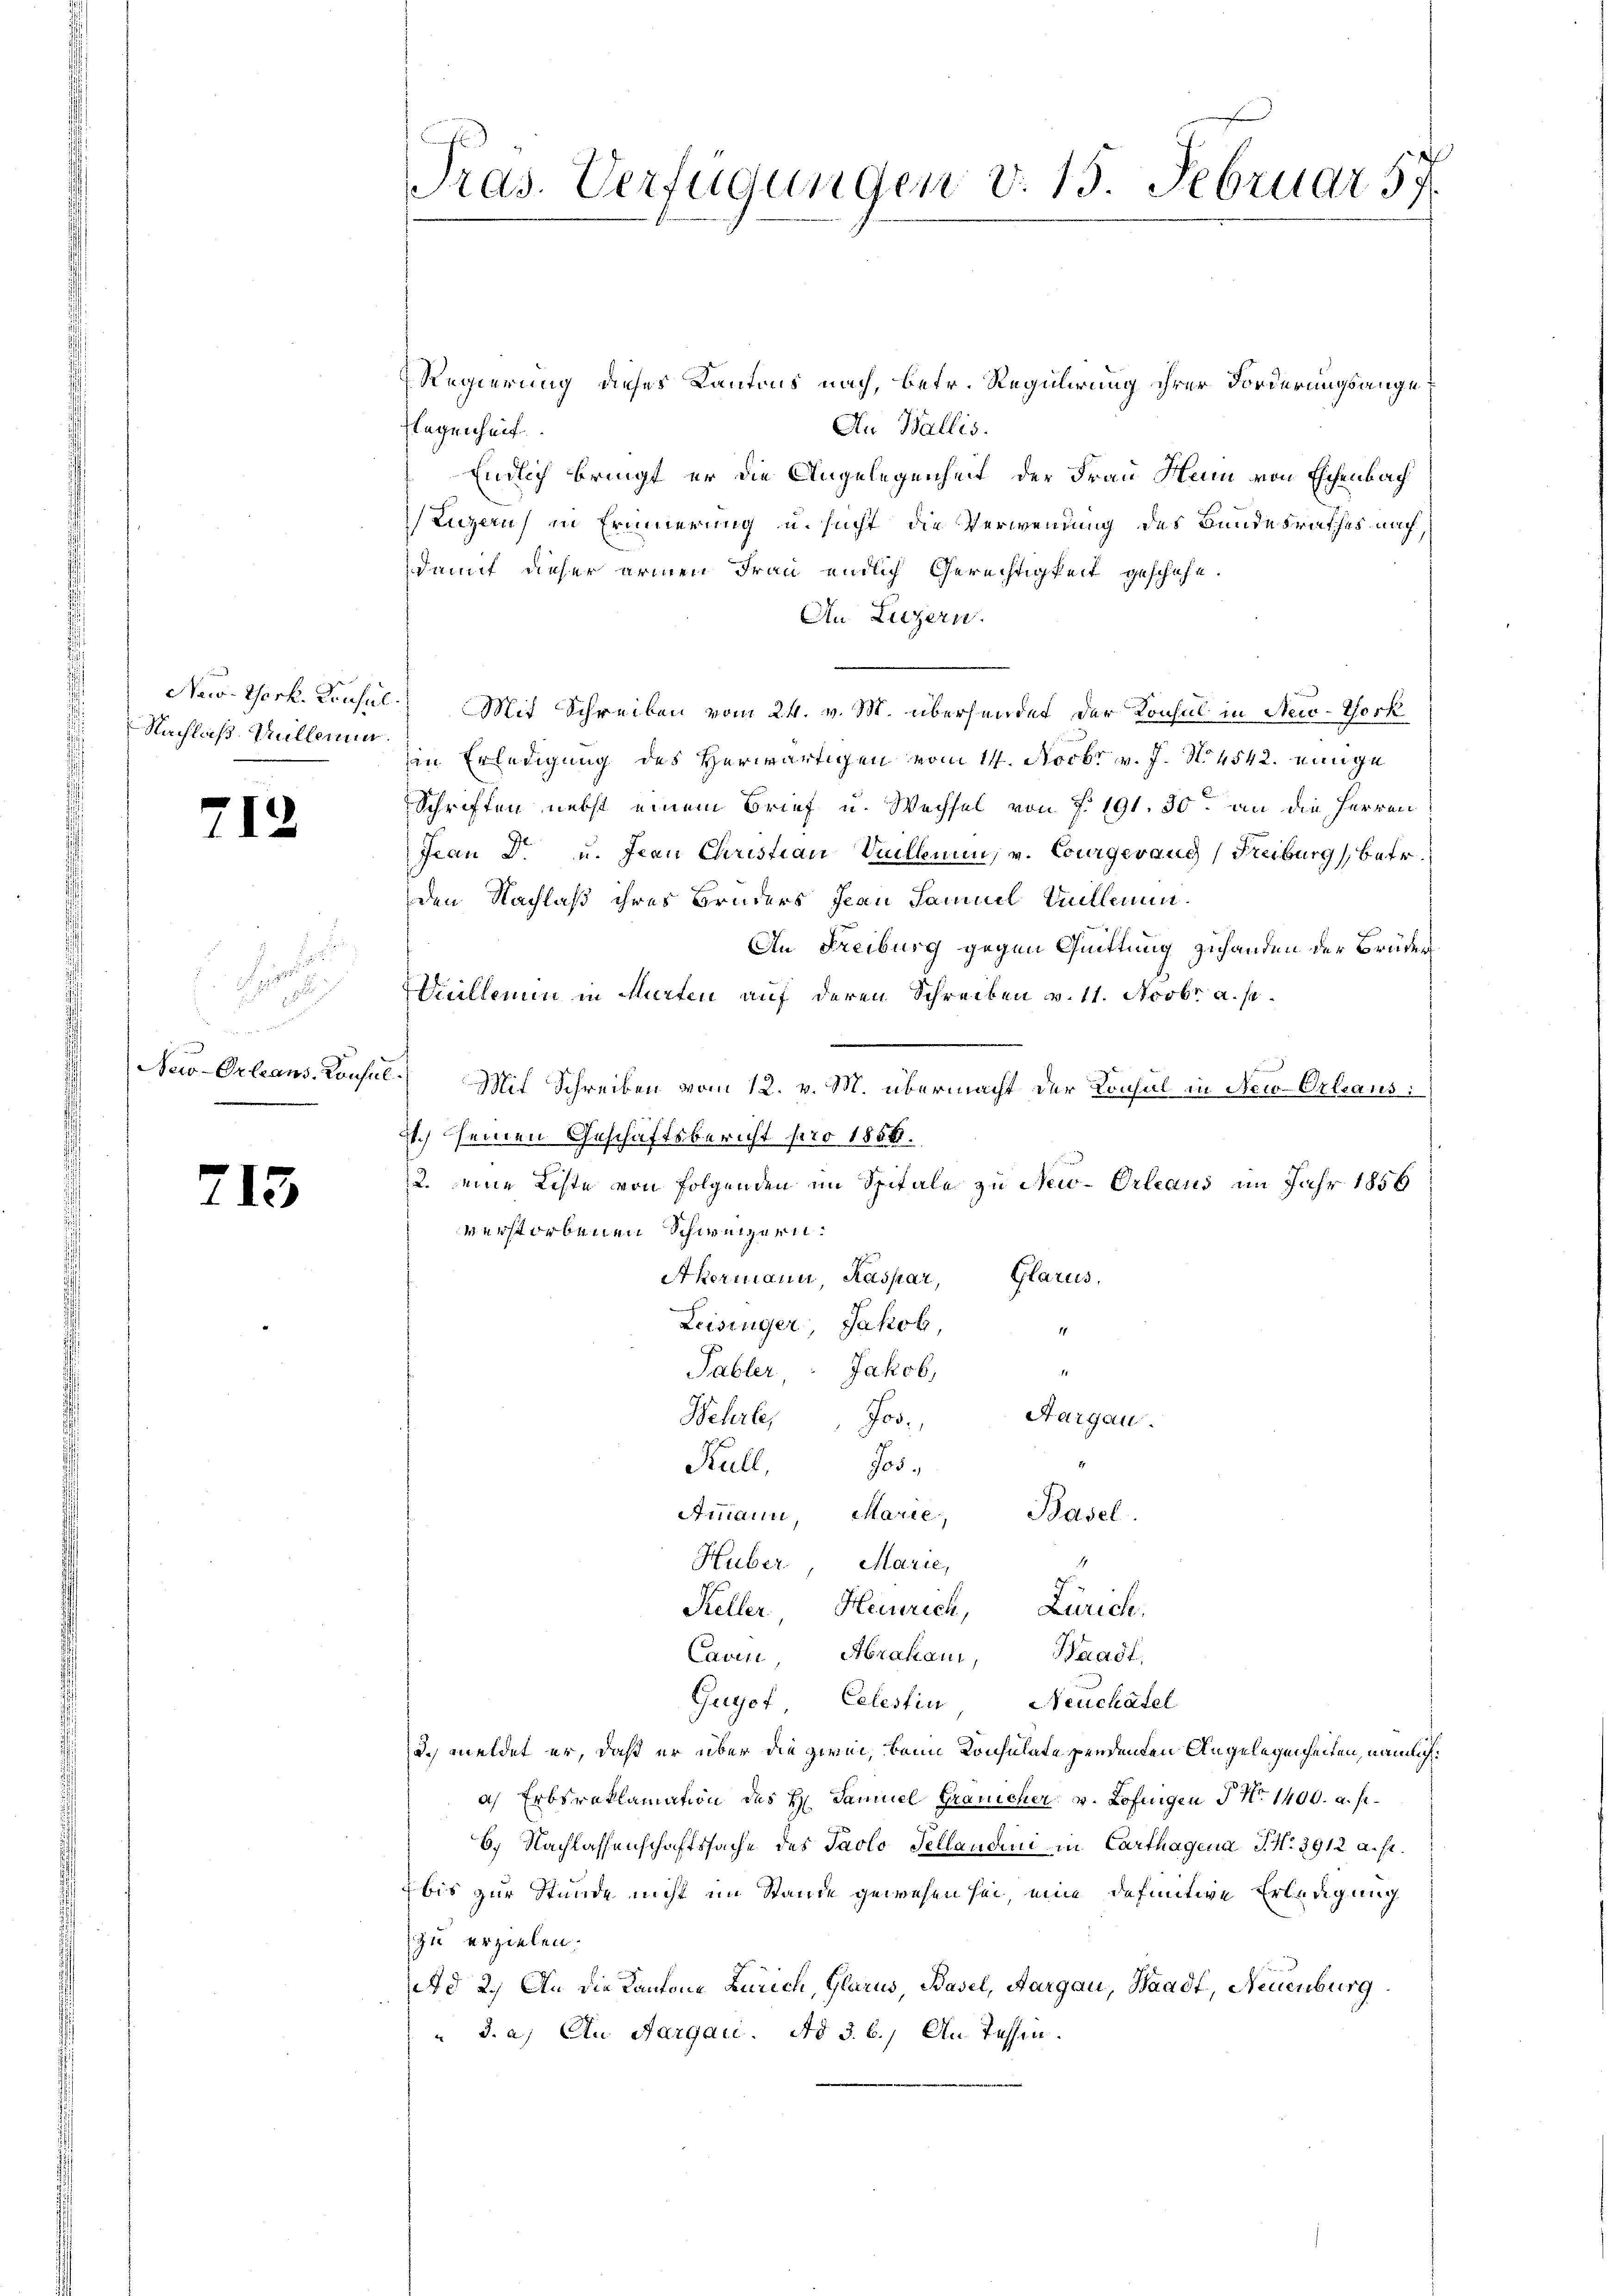
Nachlaß. Alleine

71

.

e

10
un

713

Regierung dieses Kantons nach, betr. Regulirung ihrer Forderungsange¬
An Wallis.
Flegenheit
Endlich bringt er die Angelegenheit der Frau Henn von Eschenbach
Luzern) in Erinnerung u. sucht die Verwendung des Bundesrathes nach,
damit dieser armen Frau endlich Gerechtigkeit geschehe.
An Luzern.
New-York. Konsul, Mit Schreiben vom 24. v. M. übersendet der Konsul in New-York
in Erledigung des Herwärtigen vom 14. Novbr. v. J. No. 4542. einge
Schriften nebst einem Brief u. Wechsel von f. 191. 30. an die Herren
Frau Dr. u. Frau Christian Suillenen, v. Courgeraug (Freiburg, betr.
den Nachlaß ihres Bruders Jean Samuel Puellenen.
An Freiburg gegen Quittung zuhanden der Brüderiuillemen in Murten auf deren Schreiben v. 11. Novbr. a. p.
New-Orleans. Konsul.) Mit Schreiben vom 12. v. M. übermacht der Konsul in New-Orleans,
3.) einen Geschäftsbericht pro 1858.
2. eine Liste von Folgenden im Spitale zu New-Orleaus im Jahr 1856
verstorbenen Schweizern.
Akermann, Kaspar, Glarus,
Zeisinger Jakob,
11
.
Tabler, Jakob,
Wehrte, Jos. Aargau.
Kull, Jos.
Ammann, Marie, Basel
4
Huber, Marie,
d
Keller Heinrich, Zürich.
Caven Abrakau, Waadt,
Guyof Celestin Neuchâtel
d. meldet er, daß er über die zwei, beim Konsulate pendenten Angelegenheiten, nämlich:
a) Erbsraklamation des H. Samuel Gränicher v. Lofingen No 1400. a. s.
6. Nachlassenschaftssache des Paolo Tellaudini in Carthagena, J. N. 3912 a. s.
bis zur Stunde nicht im Stande gewesen sei, eine definitive Erledigung
zu erzielen.
Ad 2.) An die Kantone Zürich, Glarus, Basel, Aargau, Waadt, Neuenburg
3. a. An Aargau. Ad §. 6. An Tessin.

Pras. Verfügungen v. 15. Februar 57
1